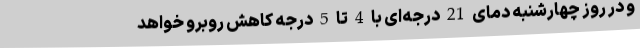
و در روز چهارشنبه دمای 21 درجه‌ای با 4 تا 5 درجه کاهش روبرو خواهد